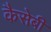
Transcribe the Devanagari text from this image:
कैसेबी